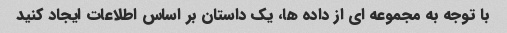
با توجه به مجموعه ای از داده ها، یک داستان بر اساس اطلاعات ایجاد کنید